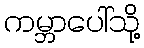
ကမ္ဘာပေါ်သို့